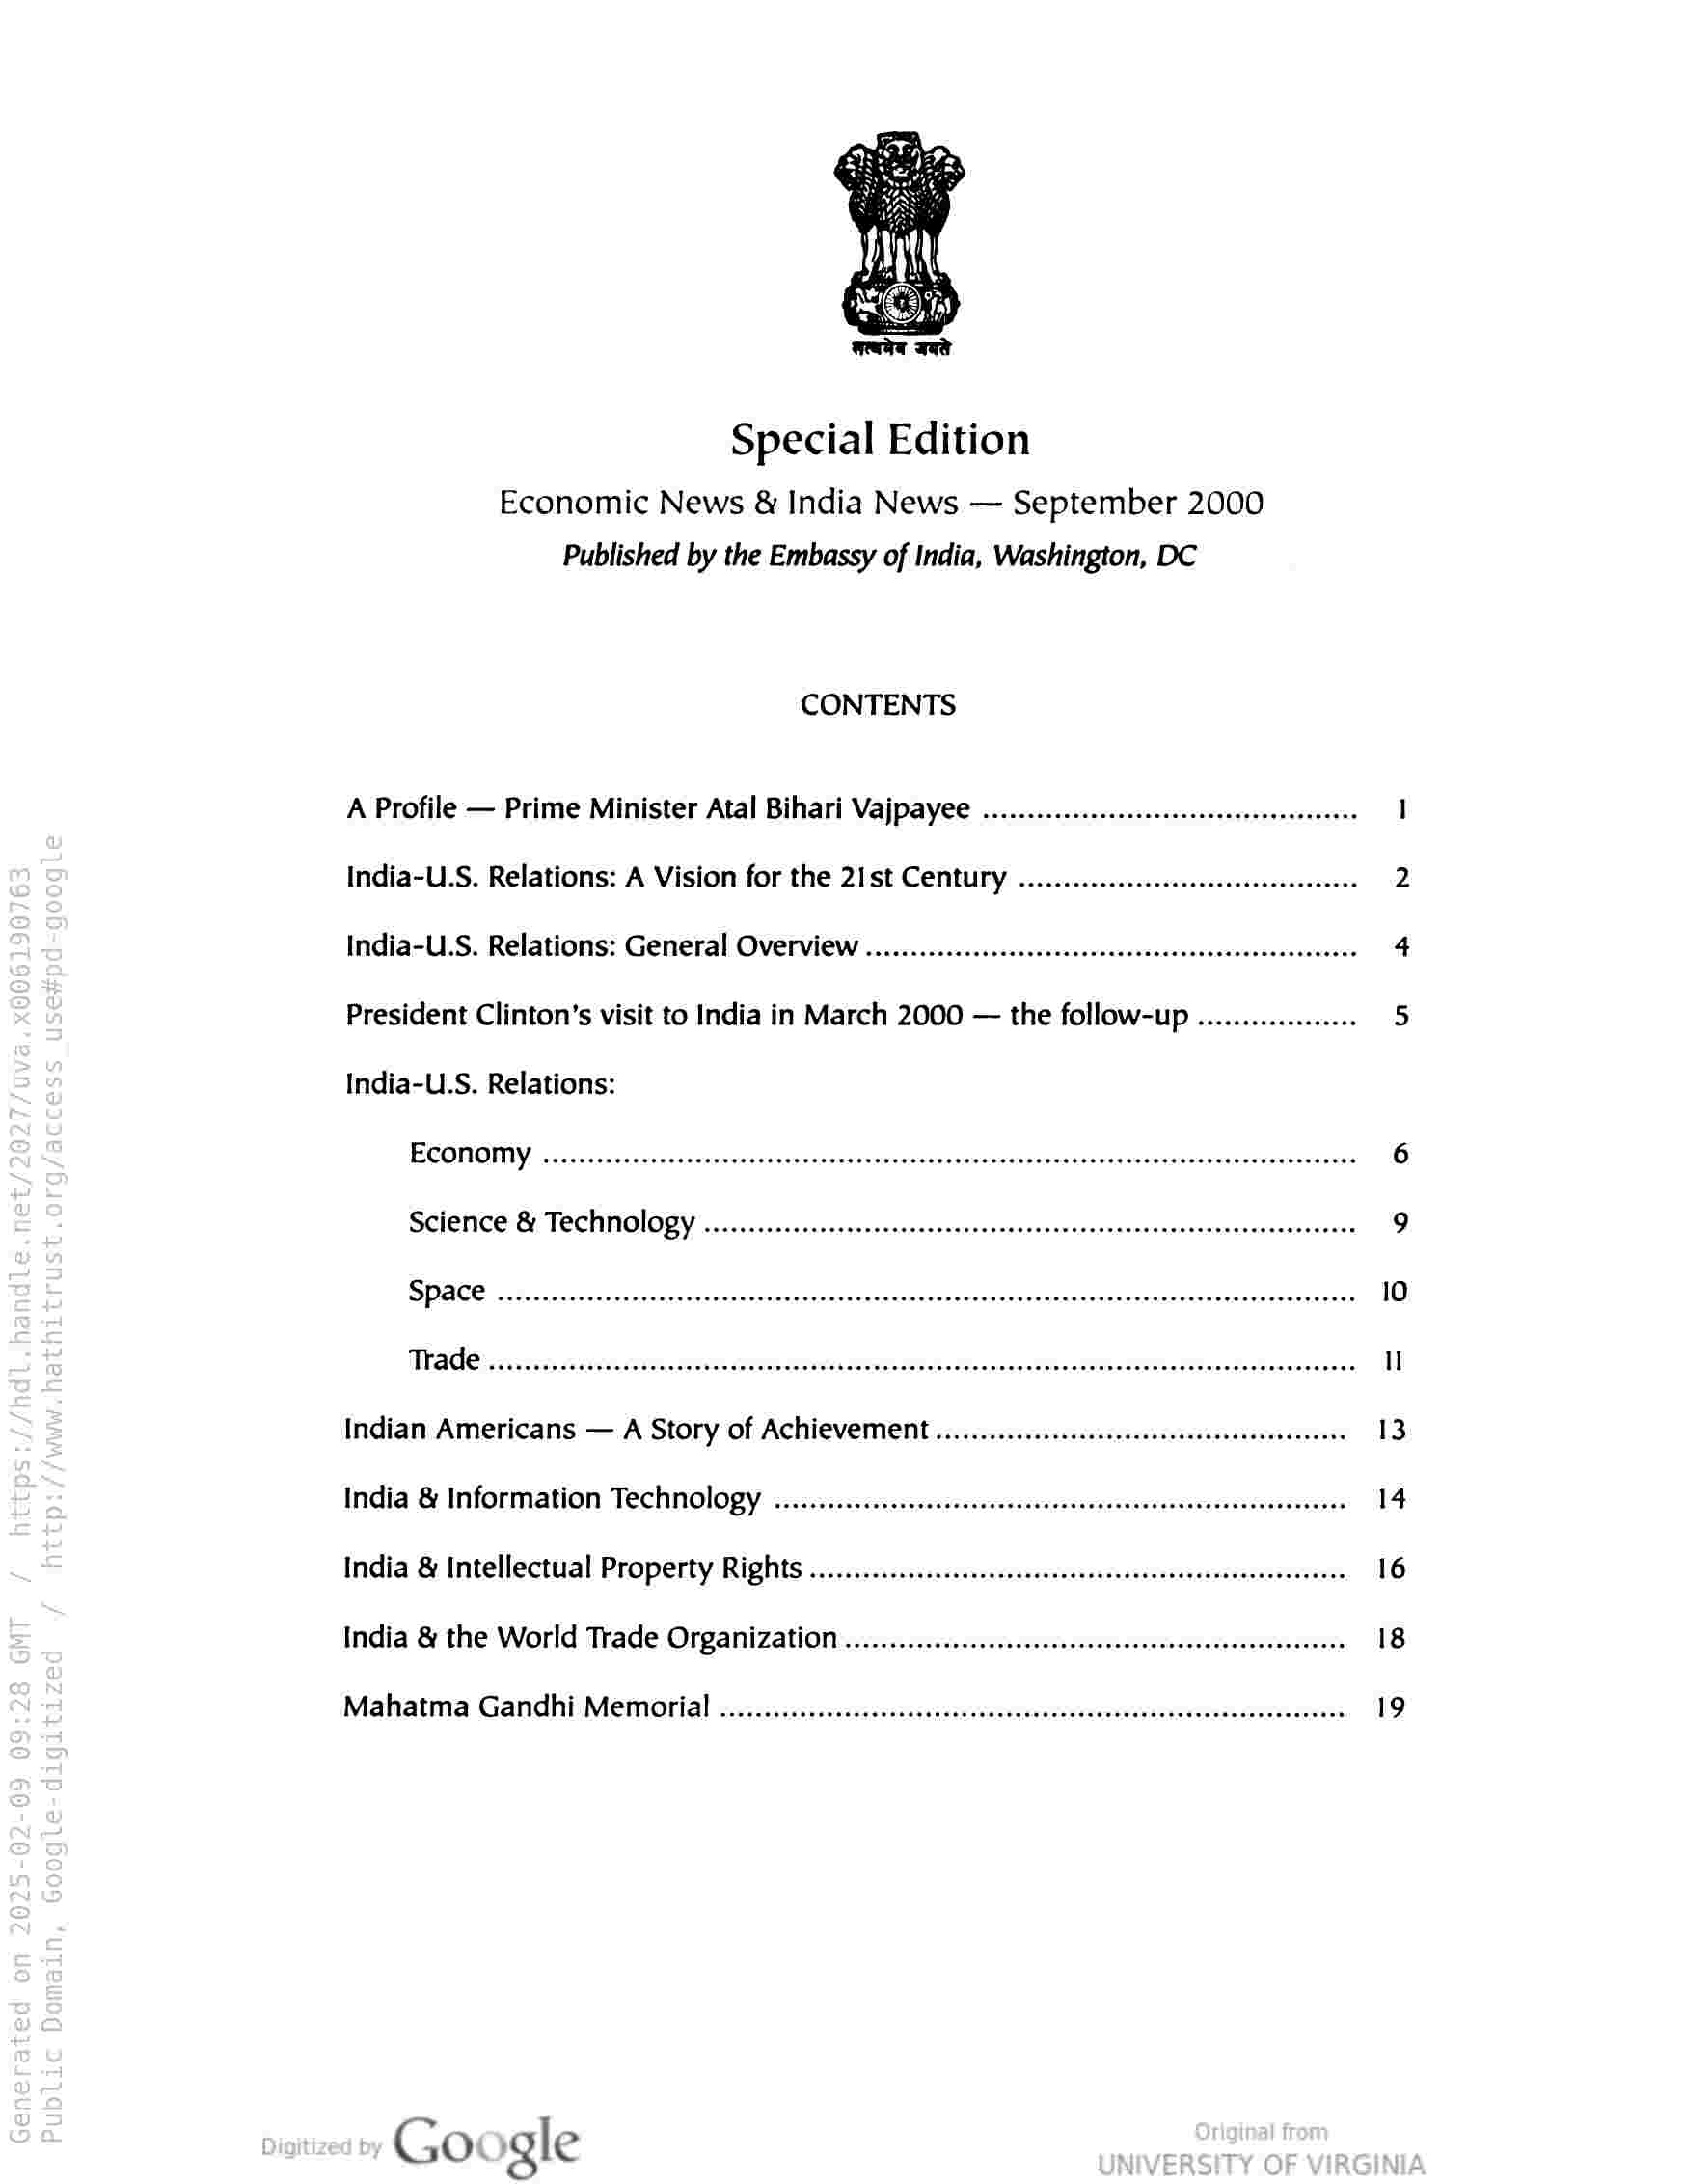
Special Edition
Economic News & India News — September 2000
Published by the Embassy of India, Washington, DC

CONTENTS

A Profile — Prime Minister Atal Bihari Vajpayee ..............::.sscscsseeeseeeeeseeees 1
India-U.S. Relations: A Vision for the 21st Century ............:ccscsssetssseerseeees 2
India-U.S. Relations: General Overview ............:.cccsscessessesssesesesseneseesnseneees 4
President Clinton’s visit to India in March 2000 — the follow-up ..............0. 5
India-U.S. Relations:

ECOMOMY ....ccccccccececccceeeceeeeeeeeeseeeeceeseceeenseecesaeeneateueeeeseteseeeseeeeeseeeeessens 6

Science & Technology ...........:ssccsccesseessesseeeseeseseeessseesesseeeesseseeeenseeeees 9

SPACE ....eeecssseseecseessessnsneeeseeesssneneeeeeeenessensasseeeeesensessaneuseeeeeteeerseseeserees 10

MRSA cavssces coves coves SeiSs aT NINE SINE SES Sh Reonnenn tines SNihe H¥aeeiTanecdeabecomeeneen i}
Indian Americans — A Story of Achievement ...........::::cssssecssesssesesseseesseeseees 13
India & Information Technology ...:....ccscsscessessesesssseesseesscssesesseseesesssesensenes 14
India & Intellectual Property Rights ...........c:ccccssesceesscesesstescssereessrseeseseeeees 16
India & the World Trade Organization ..............:cccscsseeseeeeesseseeeseeesseeseeaeeees 18
Mahatma Gandhi Memorial .............c:cscsssssesseesesseseeecesceeeeseceseeseesesessaeaeeess 19